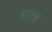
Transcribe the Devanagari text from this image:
नम्ब